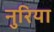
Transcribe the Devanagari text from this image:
नुरिया